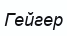
Гейгер